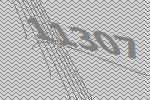
11307